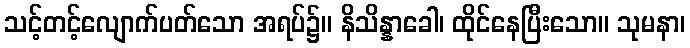
သင့်တင့်လျောက်ပတ်သော အရပ်၌။ နိသိန္နာခေါ၊ ထိုင်နေပြီးသော။ သုမနာ၊